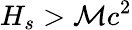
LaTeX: H_{s}>\mathcal{M}c^{2}